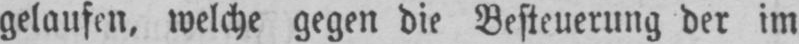
gelaufen, welche gegen die Besteuerung der im